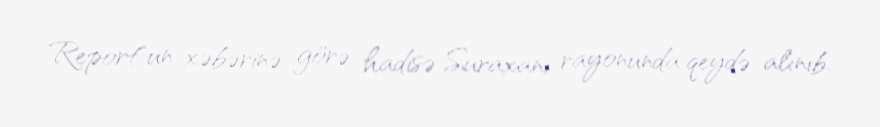
Report"un xəbərinə görə hadisə Suraxanı rayonunda qeydə alınıb.